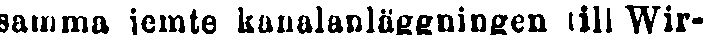
samma jemte kanalanläggningen till Wir-